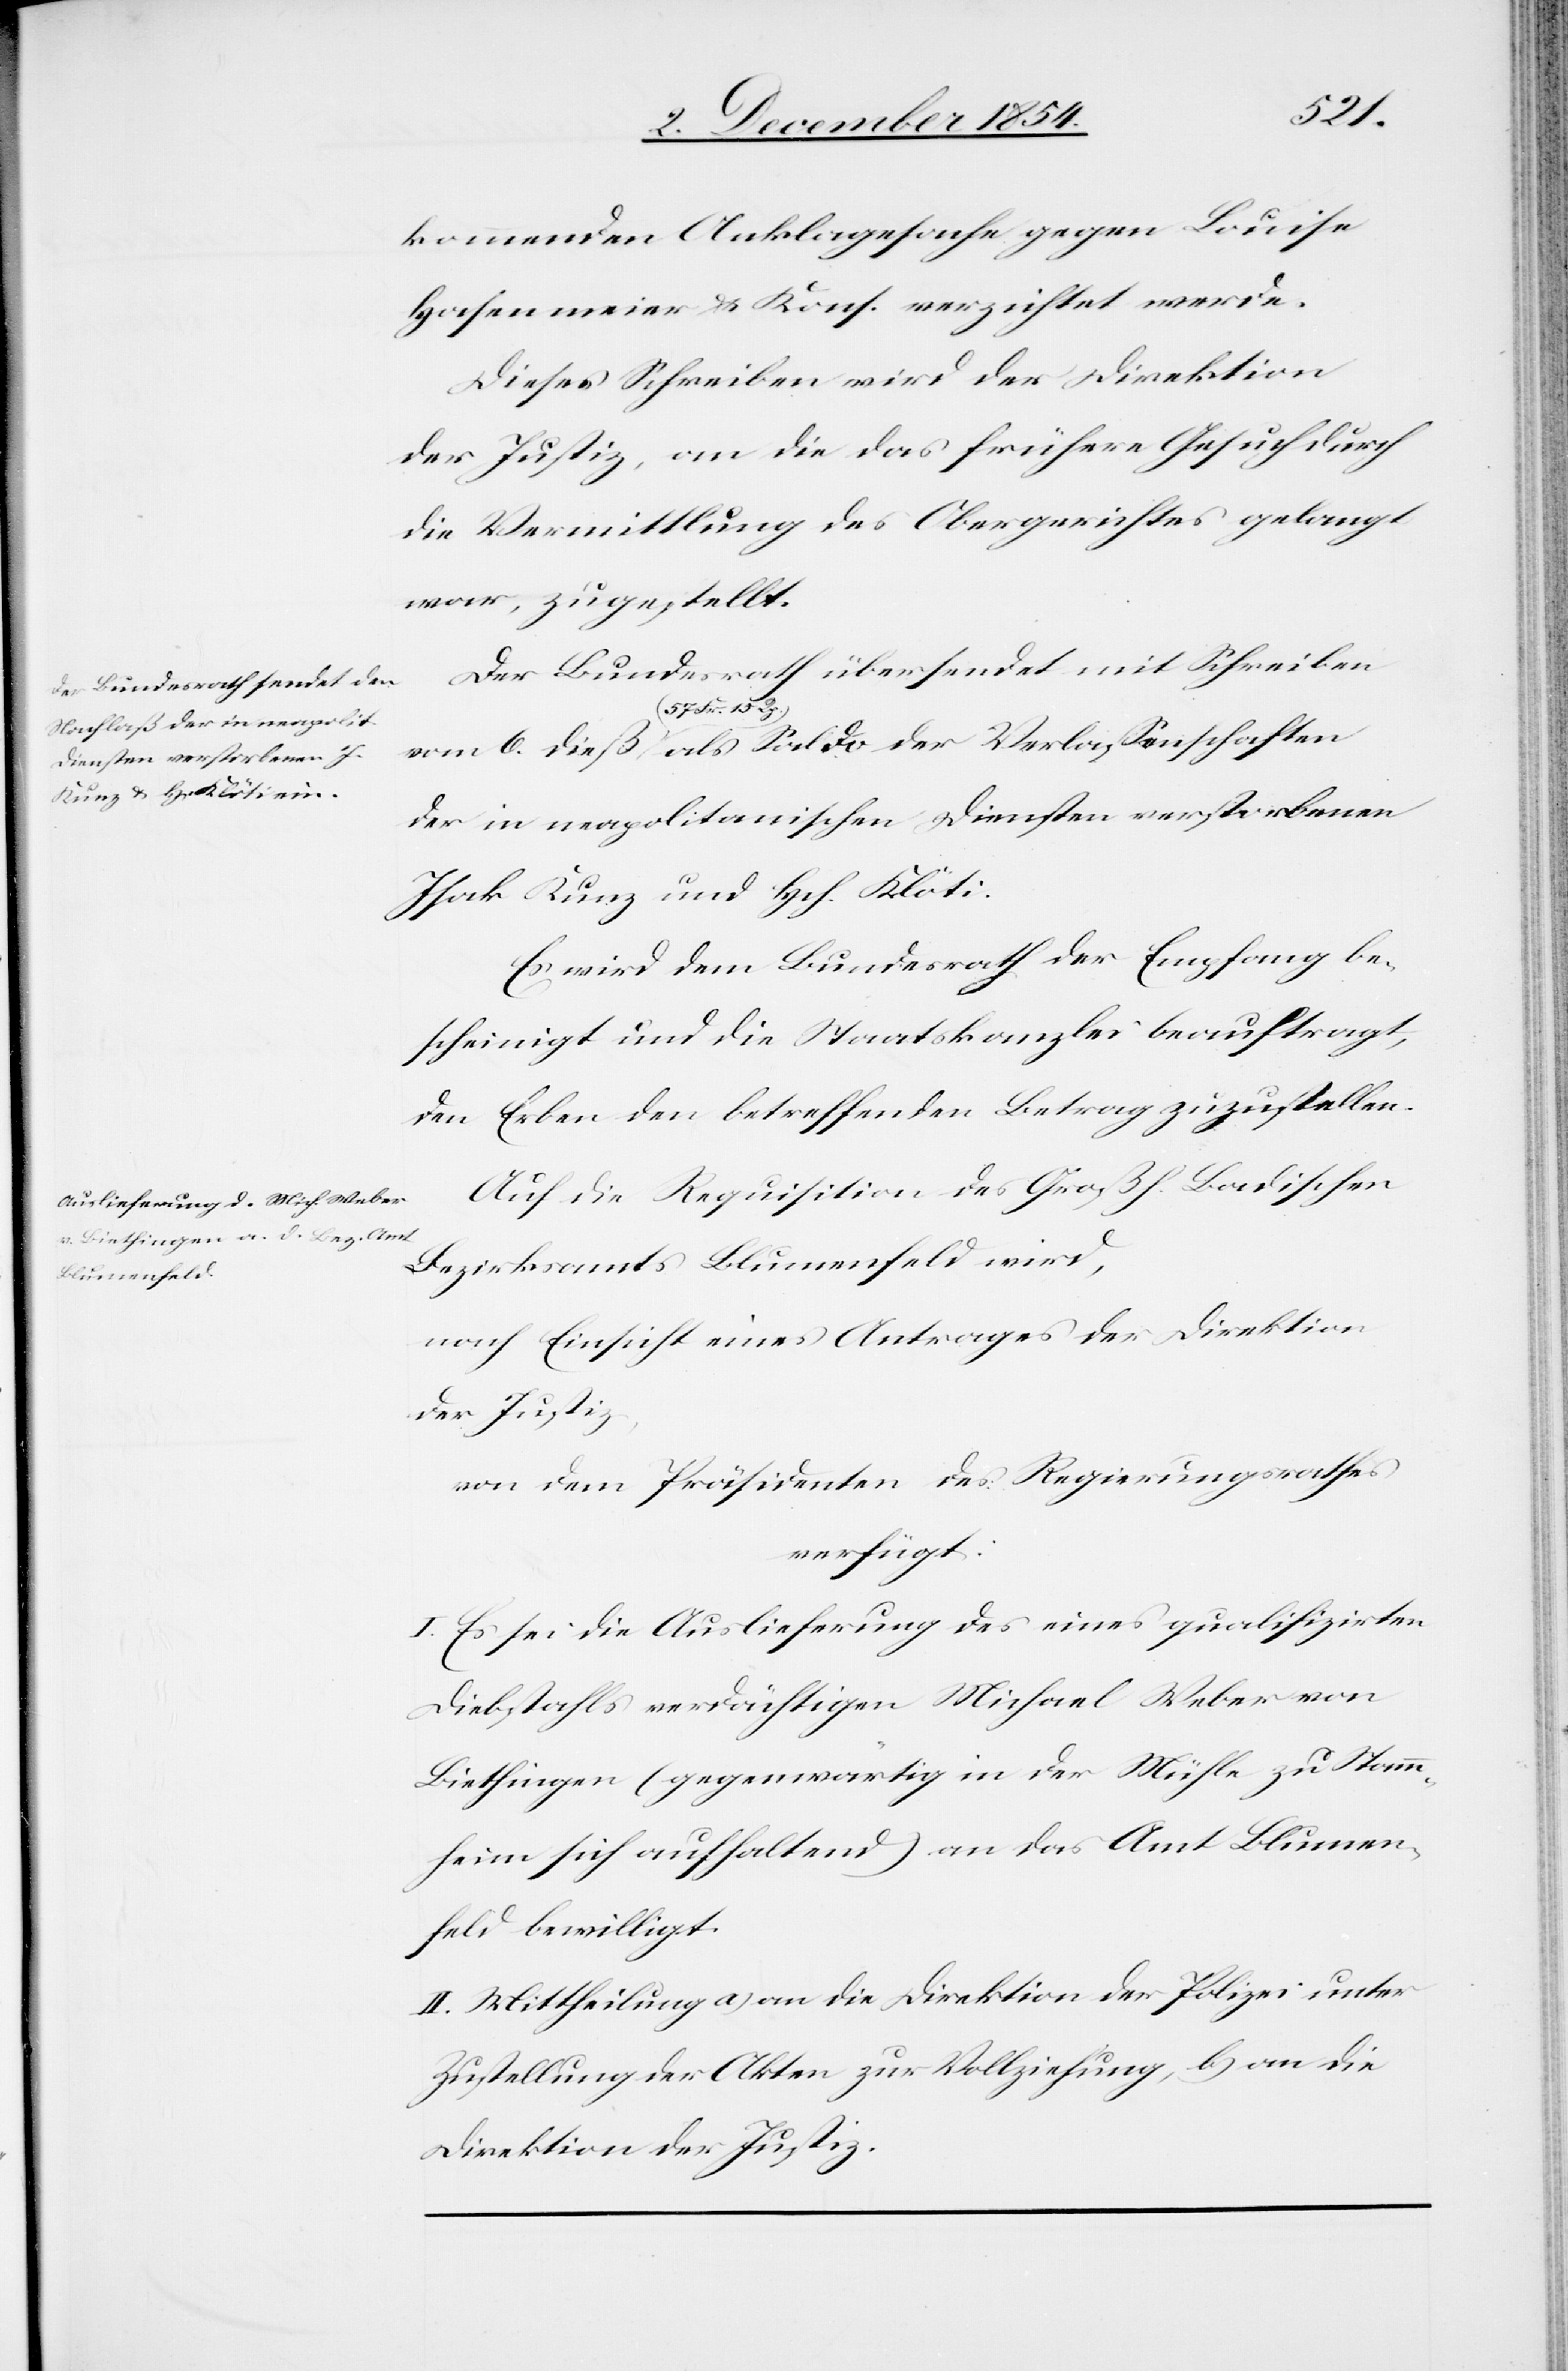
11.
December 1854.]
kommenden Anklagesache gegen Louise
Haselmeier u. Kons. verzichtet werde.
Dieses Schreiben wird der Direktion
der Justiz, an die das frühere Gesuch durch
die Vermittlung des Obergerichtes gelangt
war, zugestellt.
Der Bundesrath übersendet mit Schreiben
Actum den
der in neapolitanischen Diensten verstorbenen
Isak Kunz und Hch. Klöti.
Es wird dem Bundesrath der Empfang be¬
scheinigt und die Staatskanzlei beauftragt,
den Erben den betreffenden Betrag zuzustellen.
Auf die Requisition des Großh. Badischen
Bezirksamtes Blumenfeld wird,
nach Einsicht eines Antrages der Direktion
der Justiz,
von dem Präsidenten des Regierungsrathes
verfügt:
I. Es sei die Auslieferung des eines qualifizirten
Diebstahls verdächtigen Michael Weber von
Biethingen (gegenwärtig in der Mühle zu Stamm¬
heim sich aufhaltend) an das Amt Blumen¬
feld bewilligt.
II. Mittheilung a) an die Direktion der Polizei unter
Zustellung der Akten zur Vollziehung, b) an die
Direktion der Justiz.